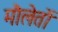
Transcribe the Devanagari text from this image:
मौलेतों